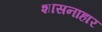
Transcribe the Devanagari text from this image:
शासनाहार